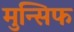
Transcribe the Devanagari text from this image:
मुन्सिफ